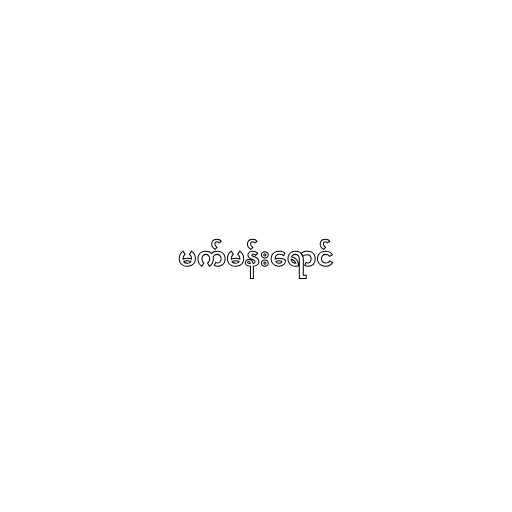
မက်မန်းရောင်